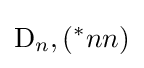
\mathrm {D} _{n},(^{*}nn)